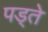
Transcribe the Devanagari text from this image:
पड्ते